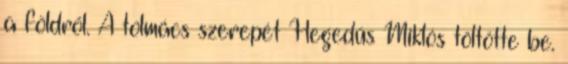
a földről. A tolmács szerepét Hegedűs Miklós töltötte be.